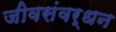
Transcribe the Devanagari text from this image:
जीवसंवर्धन